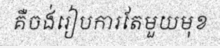
គឺចង់រៀបការតែមួយមុខ